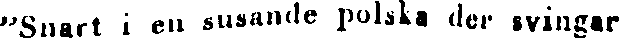
"Snart i en susande polska der svingar